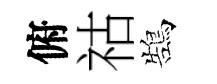
俯祜鵠